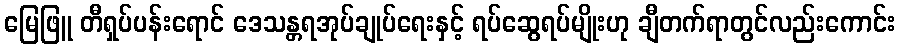
မြေဖြူ တီရှပ်ပန်းရောင် ဒေသန္တရအုပ်ချုပ်ရေးနှင့် ရပ်ဆွေရပ်မျိုးဟု ချီတက်ရာတွင်လည်းကောင်း